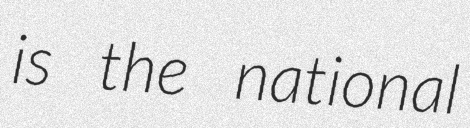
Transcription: is the national